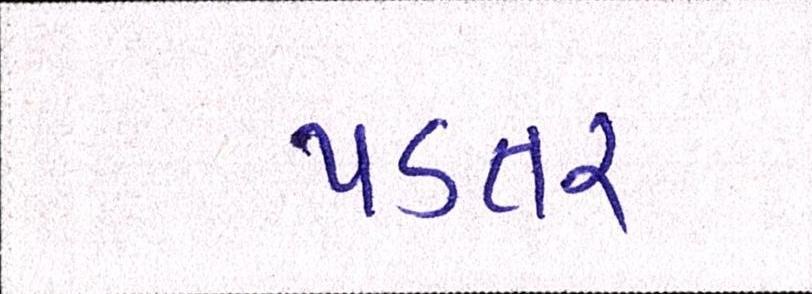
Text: પડતર